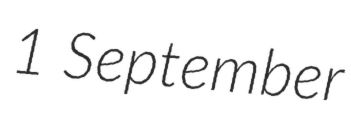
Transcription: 1 September